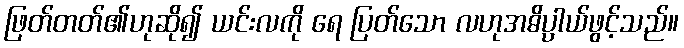
ဖြတ်တတ်၏ဟုဆို၍ ယင်းလကို ရေ ပြတ်သော လဟုအဓိပ္ပါယ်ဖွင့်သည်။